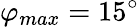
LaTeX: \varphi_{max}=15^{\circ}